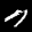
Label: 7